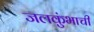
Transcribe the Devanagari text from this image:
जलकुंभाची